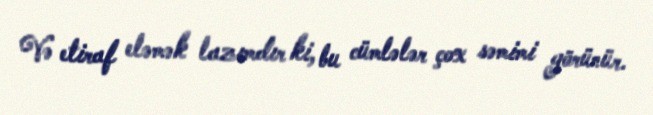
Və etiraf eləmək lazımdır ki, bu cümlələr çox səmimi görünür.